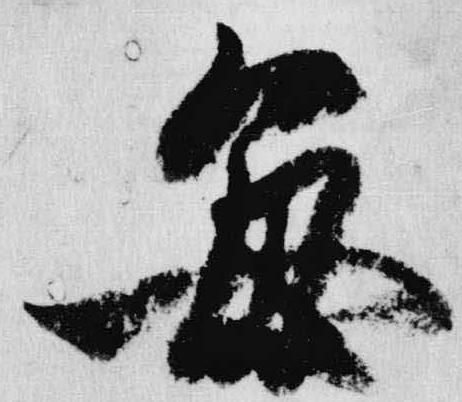
毎